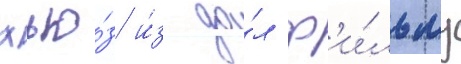
хью́з и́з да́л ф'и́льму